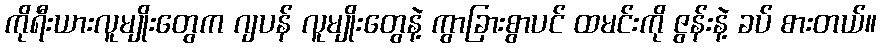
ကိုရီးယားလူမျိုးတွေက ဂျပန် လူမျိုးတွေနဲ့ ကွာခြားစွာပင် ထမင်းကို ဇွန်းနဲ့ ခပ် စားတယ်။